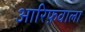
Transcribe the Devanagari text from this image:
आरिफ़वाला